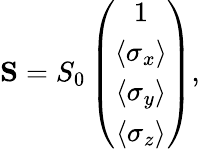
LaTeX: \begin{array}{r}{{\mathbf S}=S_{0}\left(\begin{array}{c}{1}\\ {\langle\sigma_{x}\rangle}\\ {\langle\sigma_{y}\rangle}\\ {\langle\sigma_{z}\rangle}\end{array}\right),}\end{array}